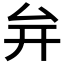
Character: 𭆚